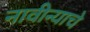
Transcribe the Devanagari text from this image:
नावीन्याचे